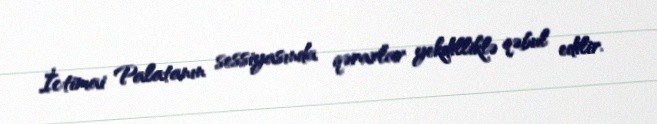
İctimai Palatanın sessiyasında qərarlar yekdilliklə qəbul edilir.